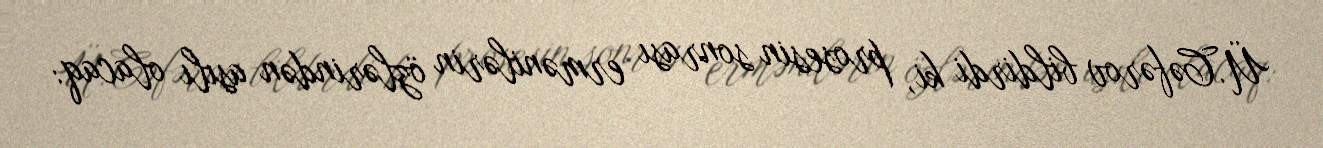
Ü.Cəfərov bildirdi ki, prosesin sonrası ermənilərin özlərindən asılı olacaq: